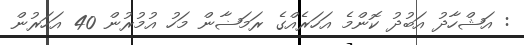
: އަޝްހާދު އަބުދު ކޮންމެ އަހަރެއްގެ ރަމަޟާން މަހު އުމުރުން 40 އަހަރުން